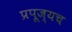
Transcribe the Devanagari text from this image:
प्रपूज्यच